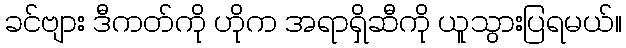
ခင်ဗျား ဒီကတ်ကို ဟိုက အရာရှိဆီကို ယူသွားပြရမယ်။